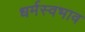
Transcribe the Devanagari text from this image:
धर्मस्वभाव